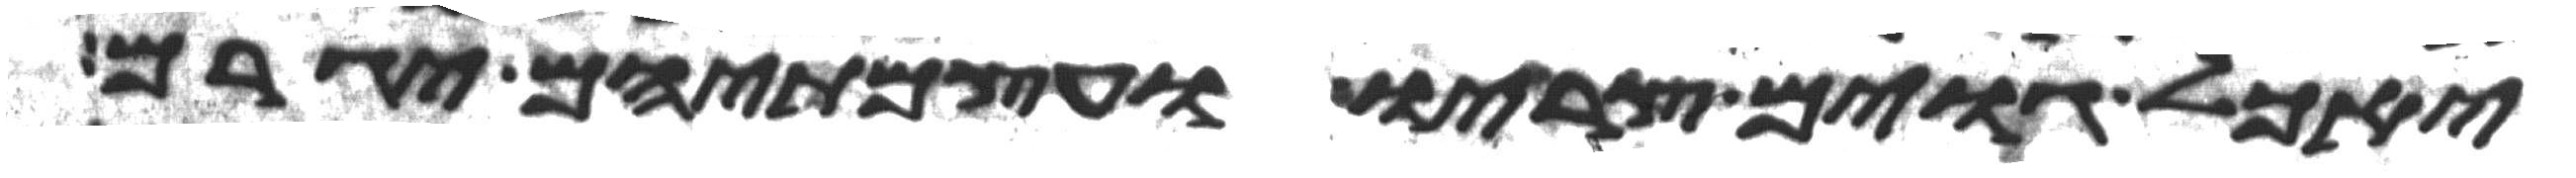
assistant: יאכל גוים צריו ועצמתיהם יגרם